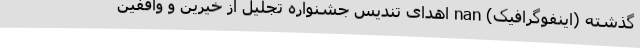
گذشته (اینفوگرافیک) nan اهدای تندیس جشنواره تجلیل از خیرین و واقفین